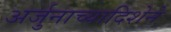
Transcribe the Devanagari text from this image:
अर्जुनाच्यादिशेने